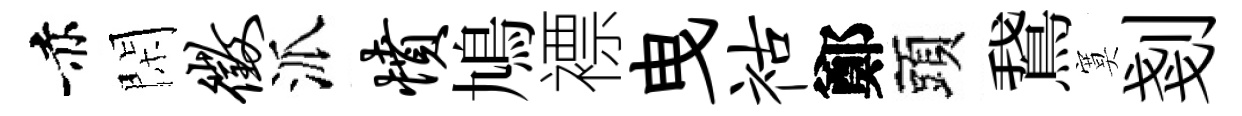
赤閑征派愤鳩褾曳祜鄭頭鵞寞剗